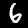
Label: 6